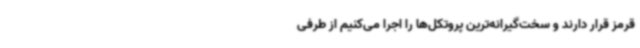
قرمز قرار دارند و سخت‌گیرانه‌ترین پروتکل‌ها را اجرا می‌کنیم از طرفی